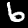
Label: 6